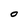
Character: O